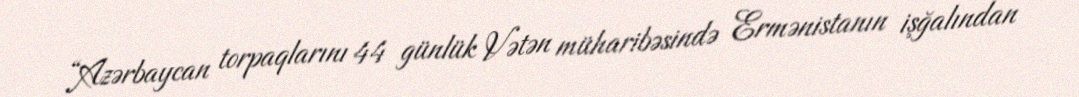
“Azərbaycan torpaqlarını 44 günlük Vətən müharibəsində Ermənistanın işğalından